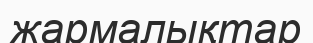
жармалықтар